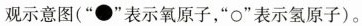
观示意图(”●”表示氧原子，”O”表示氢原子)。